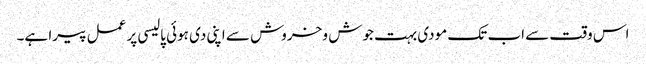
اس وقت سے اب تک مودی بہت جوش و خروش سے اپنی دی ہوئی پالیسی پر عمل پیرا ہے۔